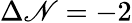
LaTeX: \Delta\mathscr{N}=-2